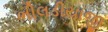
ભીલડીયાજી